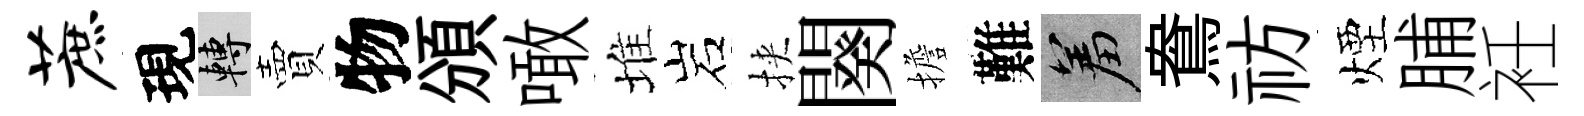
蔗現轉賣物頒噉堆岩挾闋擔難羞鴦祊煙脯衽